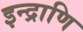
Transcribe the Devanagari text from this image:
इन्द्राणि